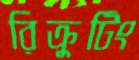
রিক্রুটিং